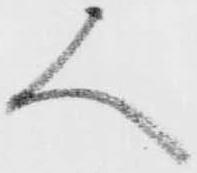
人